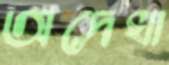
অদেখা